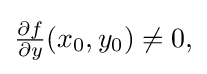
{\textstyle {\frac {\partial f}{\partial y}}(x_{0},y_{0})\neq 0,}